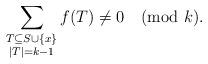
LaTeX: \begin{align*} \sum_{\substack{T \subseteq S \cup \{x\} \\ |T| = k-1}} f(T) \neq 0 \pmod k.\end{align*}